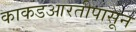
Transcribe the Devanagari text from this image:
काकडआरतीपासून